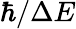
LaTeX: \hbar/\Delta E